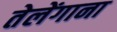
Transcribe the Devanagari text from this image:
तेलेंगाना